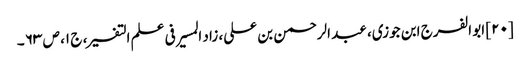
[۲۰] ابو الفرج ابن جوزی، عبد الرحمن بن علی، زاد المسیر فی علم التفسیر، ج ۱، ص ۶۳ ۔